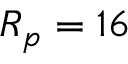
R _ { p } = 1 6